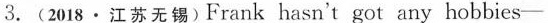
3.(2018·江苏无锡)Frank hasn't got any hobbies——